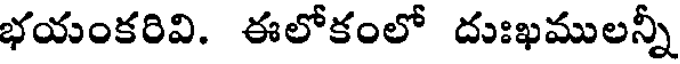
భయంకరివి. ఈలోకంలో దుఃఖములన్నీ